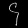
Digit: ၄